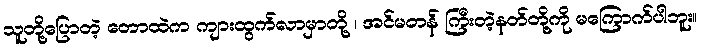
သူတို့ပြောတဲ့ တောထဲက ကျားထွက်လာမှာတို့ ၊ အင်မတန် ကြီးတဲ့နတ်တို့ကို မကြောက်ပါဘူး။